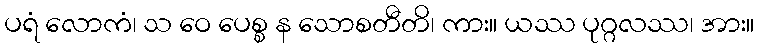
ပရံ လောကံ၊ သ ဝေ ပေစ္စ န သောစတီတိ၊ ကား။ ယဿ ပုဂ္ဂလဿ၊ အား။